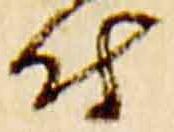
付